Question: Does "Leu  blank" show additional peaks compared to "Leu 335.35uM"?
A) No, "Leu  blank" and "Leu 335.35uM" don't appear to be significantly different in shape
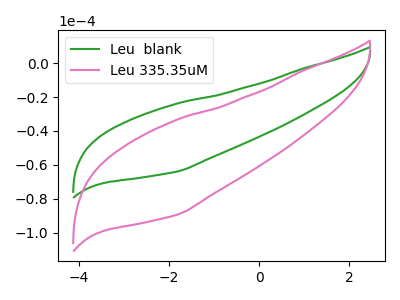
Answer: <think>The green curve "Leu  blank" has no peaks. The pink curve "Leu 335.35uM" has no peaks.
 Neither "Leu  blank" or "Leu 335.35uM" have any peaks.</think>
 <answer>A) No, "Leu  blank" and "Leu 335.35uM" don't appear to be significantly different in shape</answer>
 <eval>A</eval>